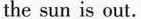
the sun is out. Water clocks used water to measure time at night. Water dripped (滴 落)slowly from one bowl into another. The level of the water in the bowls showed the time. People also used sandglasses. You may have seen one. Some games still use sandglasses. The sand falls from the top of the sandglasses to the bottom. It measures short amounts of time. The more the sand falls, the more time has passed. When the sand has finished falling, you have to turn the sandglasses over. 36. At first,the ancient people told the time by looking at A.the stick B.the shadow C.the sun D.the moon 37.Which picture can be a "sundial"? A B C D 38. Sundials can be used to tell the time when it is__ A.sunny B.Rainy C. Cloudy D.Snowy 39.Which is right according to the passage? A.Sticks measured time in Egypt day and night. B. Sundials were first used in ancient Egypt. C.Sandglasses usually measure a long time. D.The water clock told the time by the water level in the bowls. 40.What's the main idea of the passage? A.Something about sundials. B.How to tell the time by looking at the sun. C. How to tell the time in the past. D.Some inventions in China.